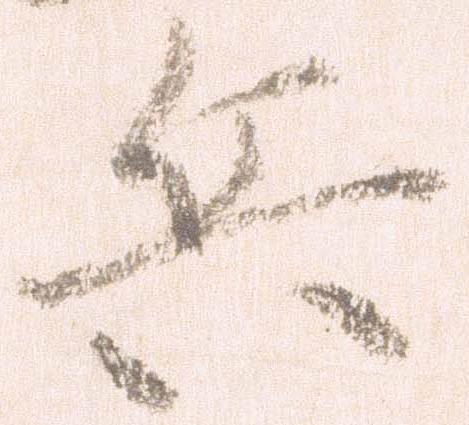
兵